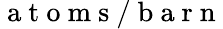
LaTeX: \mathrm{~a~t~o~m~s~/~b~a~r~n~}